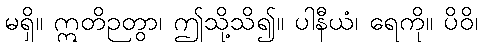
မရှိ။ ဣတိဉတွာ၊ ဤသို့သိ၍။ ပါနီယံ၊ ရေကို။ ပိဝိ၊